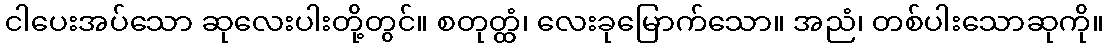
ငါပေးအပ်သော ဆုလေးပါးတို့တွင်။ စတုတ္ထံ၊ လေးခုမြောက်သော။ အညံ၊ တစ်ပါးသောဆုကို။